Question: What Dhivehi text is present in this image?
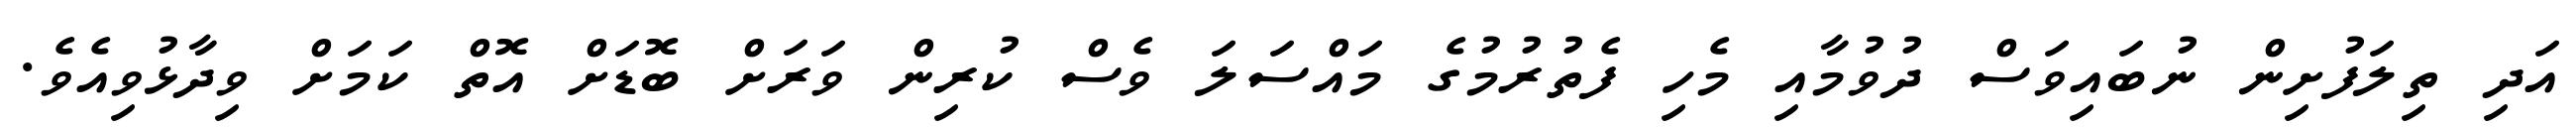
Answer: އަދި ތިލަފުށިން ނުބައިވަސް ދުވުމާއި މެހި ފެތުރުމުގެ މައްސަލަ ވެސް ކުރިން ވަރަށް ބޮޑަށް އޮތް ކަމަށް ވިދާޅުވިއެވެ.